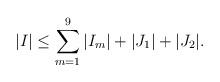
LaTeX: \begin{align*} \vert I\vert\leq \sum_{m=1}^9\vert I_m\vert+\vert J_1\vert+\vert J_2\vert. \end{align*}